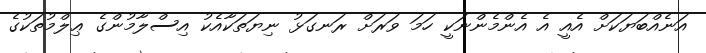
އަނެއްބަޔަކަށް އެއީ އެ އެންމެންނަކީ ހަމަ ވަރަށް ރަނގަޅު ނިޔަތަކާއެކު އިސްލާމުންގެ ޢިލްމުތަކުގެ